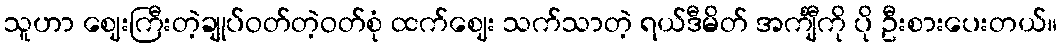
သူဟာ ဈေးကြီးတဲ့ချုပ်ဝတ်တဲ့ဝတ်စုံ ထက်ဈေး သက်သာတဲ့ ရယ်ဒီမိတ် အင်္ကျီကို ပို ဦးစားပေးတယ်။